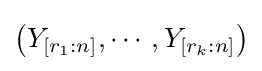
\left(Y_{[r_{1}:n]},\cdots ,Y_{[r_{k}:n]}\right)